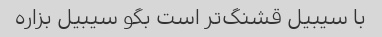
با سیبیل قشنگ‌تر است بگو سیبیل بزاره